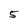
Character: 5